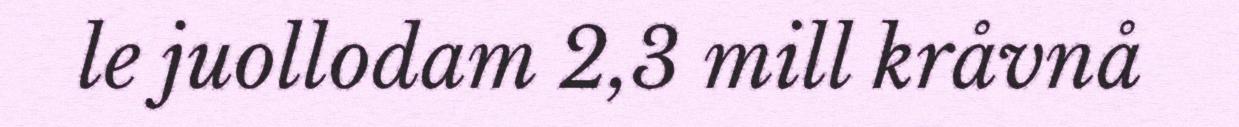
le juollodam 2,3 mill kråvnå